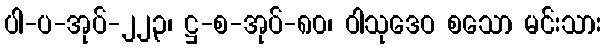
ပါ-ပ-အုပ်-၂၂၃၊ ဋ္ဌ-စ-အုပ်-၈၀၊ ဝါသုဒေဝ စသော မင်းသား